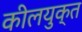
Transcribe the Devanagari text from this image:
कीलयुक्त